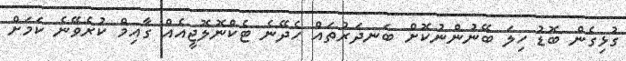
ގުޅިގެން ބޮޑު ހިލަ ބޭނުންނުކޮށް ބަނދަރުތައް ހެދޭނެ ޓެކްނޮލޮޖީއެއް ގާއިމް ކުރެވޭނެ ކަމަށް